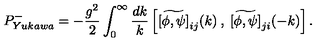
P _ { Y u k a w a } ^ { - } = - \frac { g ^ { 2 } } { 2 } \int _ { 0 } ^ { \infty } \frac { d k } { k } \left[ \widetilde { [ \phi , \psi ] } _ { i j } ( k ) \: , \: \widetilde { [ \phi , \psi ] } _ { j i } ( - k ) \right] .